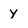
Character: Y